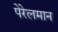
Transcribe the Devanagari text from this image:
पेरेलमान